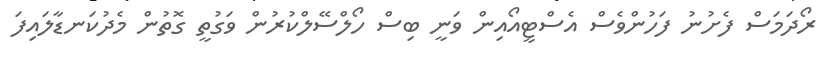
ރޯދަމަސް ފެށުނު ފަހުންވެސް އެސްޓީއޯއިން ވަނީ ބިސް ހޯލްސޭލްކުރުން ވަގުތީ ގޮތުން މެދުކަނޑާލައިފަ